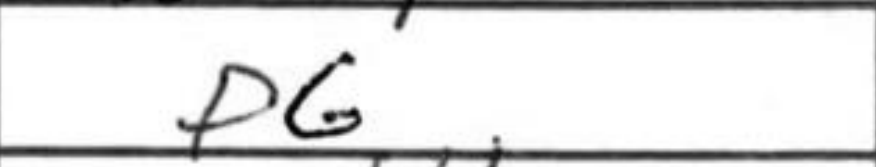
Transcription: f6